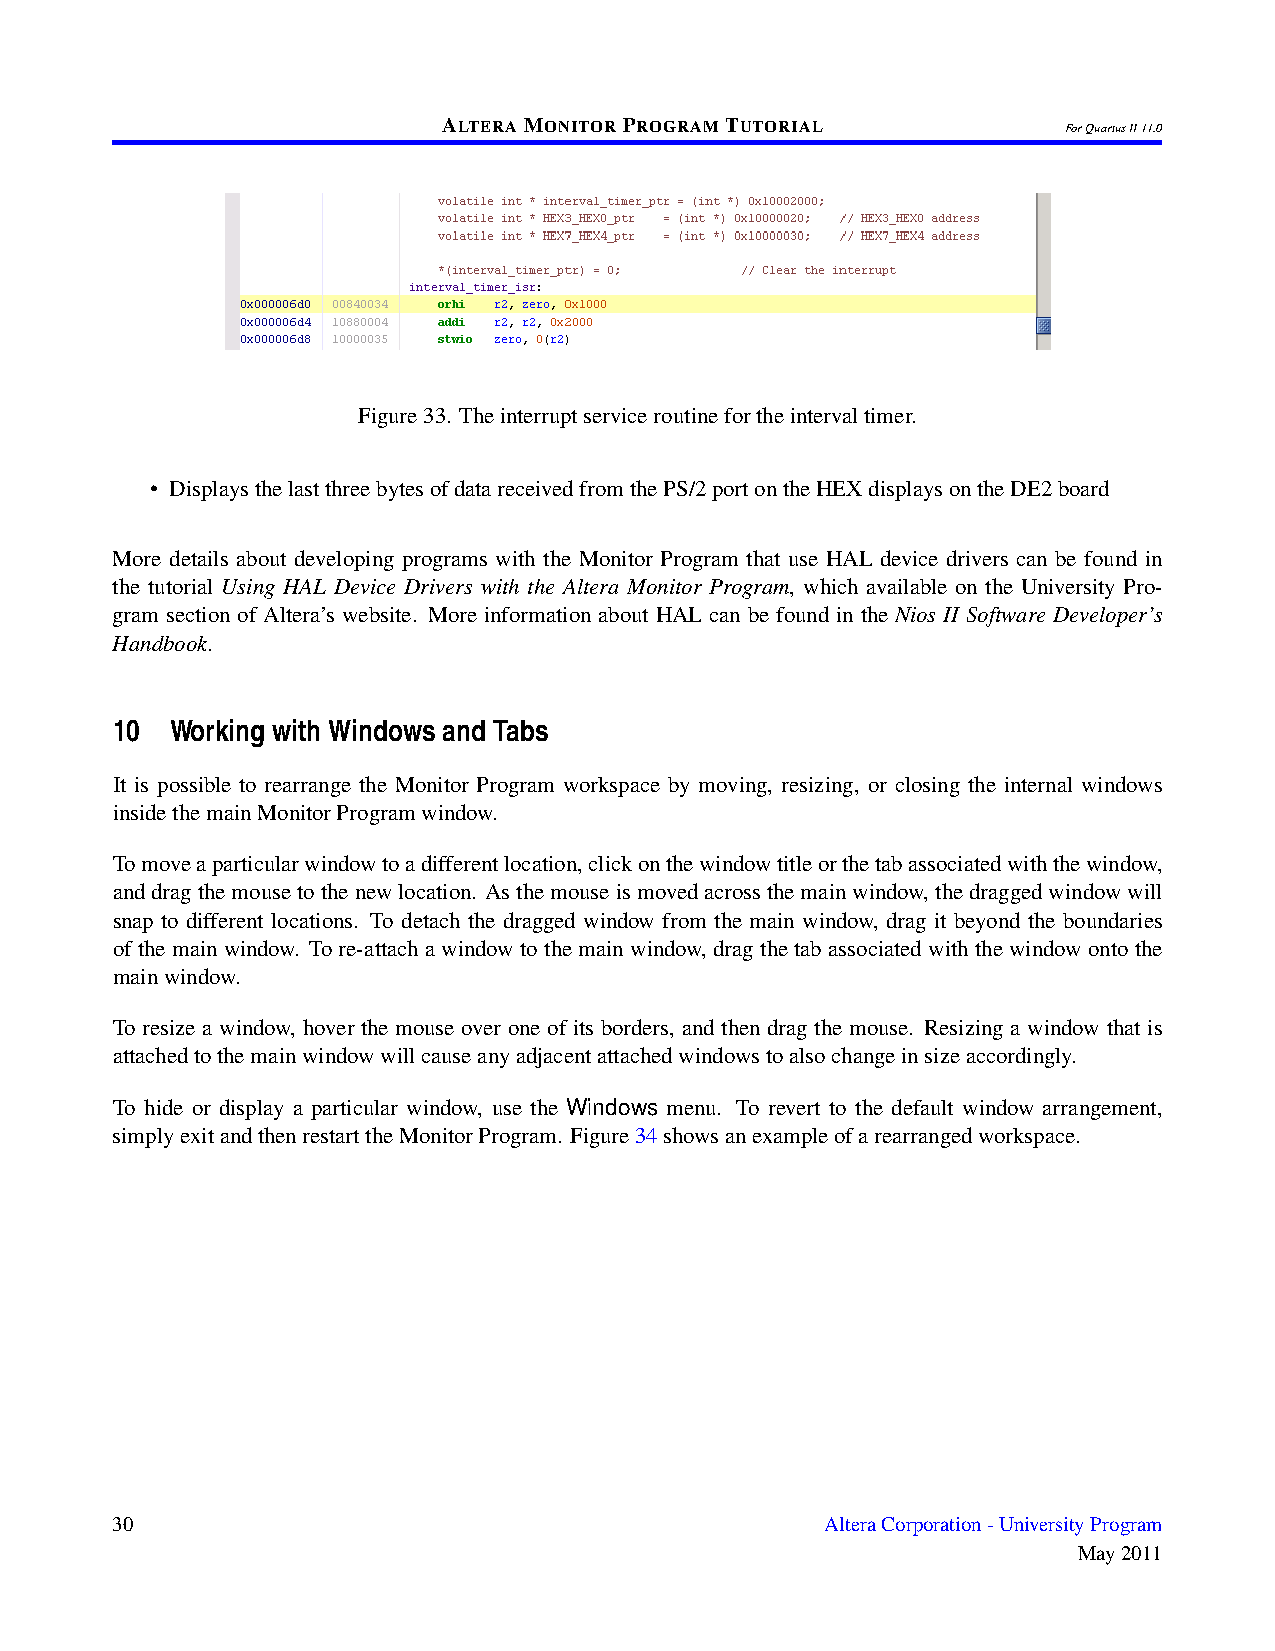
ALTERAMONITORPROGRAMTUTORIAL
 ForQuartusII11.0
 Figure33. Theinterruptserviceroutinefortheintervaltimer.
 • DisplaysthelastthreebytesofdatareceivedfromthePS/2portontheHEXdisplaysontheDE2board
 More details about developing programs with the Monitor Program that use HAL device drivers can be found in
 the tutorial Using HAL Device Drivers with the Altera Monitor Program, which available on the University Pro-
 gram section of Altera’s website. More information about HAL can be found in the Nios II Software Developer’s
 Handbook.
 10  Working with Windows and Tabs
 It is possible to rearrange the Monitor Program workspace by moving, resizing, or closing the internal windows
 insidethemainMonitorProgramwindow.
 Tomoveaparticularwindowtoadifferentlocation,clickonthewindowtitleorthetabassociatedwiththewindow,
 anddragthemousetothenewlocation. Asthemouseismovedacrossthemainwindow,thedraggedwindowwill
 snap to different locations. To detach the dragged window from the main window, drag it beyond the boundaries
 of the main window. To re-attach a window to the main window, drag the tab associated with the window onto the
 mainwindow.
 To resize a window, hover the mouse over one of its borders, and then drag the mouse. Resizing a window that is
 attachedtothemainwindowwillcauseanyadjacentattachedwindowstoalsochangeinsizeaccordingly.
 To hide or display a particular window, use the Windows menu. To revert to the default window arrangement,
 simplyexitandthenrestarttheMonitorProgram. Figure34showsanexampleofarearrangedworkspace.
 30                                              AlteraCorporation-UniversityProgram
 May2011